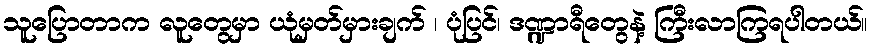
သူပြောတာက လူတွေမှာ ယုံမှတ်မှားချက် ၊ ပုံပြင်၊ ဒဏ္ဍာရီတွေနဲ့ ကြီးလာကြရပါတယ်။